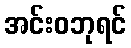
အင်းဝဘုရင်